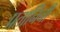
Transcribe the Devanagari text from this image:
प्रतानिनी